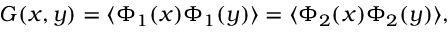
{ \cal G } ( x , y ) = \langle \Phi _ { 1 } ( x ) \Phi _ { 1 } ( y ) \rangle = \langle \Phi _ { 2 } ( x ) \Phi _ { 2 } ( y ) \rangle ,